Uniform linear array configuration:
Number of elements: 4
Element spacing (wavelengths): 1
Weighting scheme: exponential
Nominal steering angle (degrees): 60
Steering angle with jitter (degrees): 61.08
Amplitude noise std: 0.05
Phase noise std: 0.05

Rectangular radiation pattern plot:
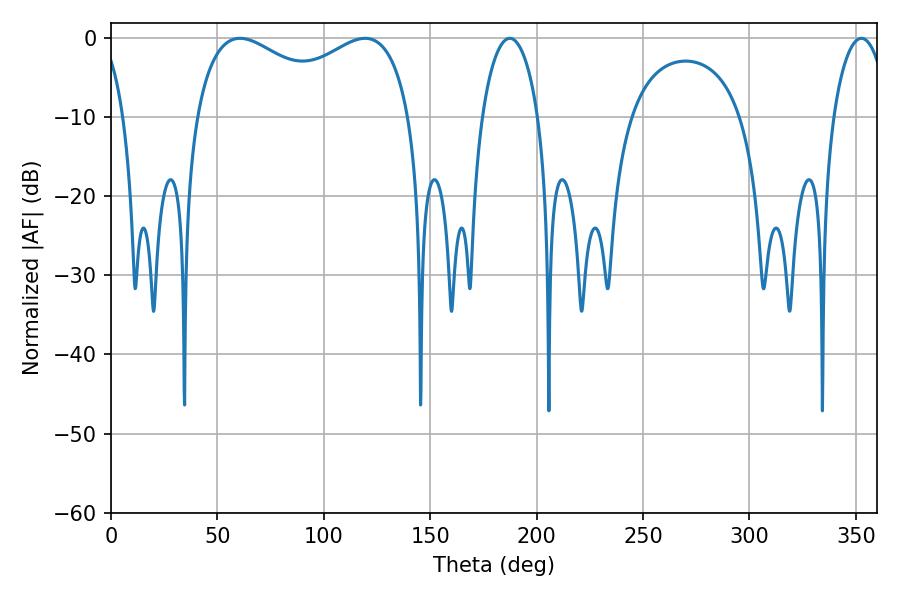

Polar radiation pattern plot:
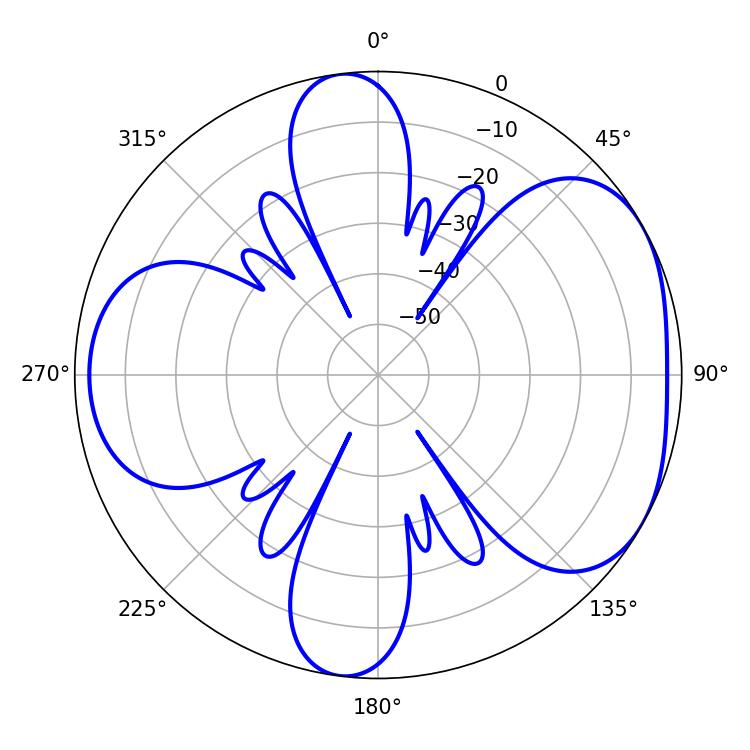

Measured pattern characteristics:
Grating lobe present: TRUE
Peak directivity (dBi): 4.733
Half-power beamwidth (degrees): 14.94
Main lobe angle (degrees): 187.38